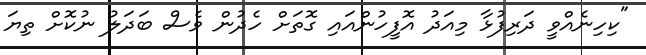
"ކިހިނެއްވީ ދަރިފުޅާ މިއަދު އޮފީހުންއައި ގޮތަށް ހެދުން ވެސް ބަދަލު ނުކޮށް ތިޔަ